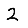
Digit: 2